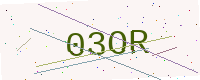
Text: 03OR